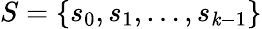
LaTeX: S=\{ s_{0},s_{1},\ldots,s_{\mathit{k}-1}\}